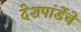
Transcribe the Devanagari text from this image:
देशपांडेंचे